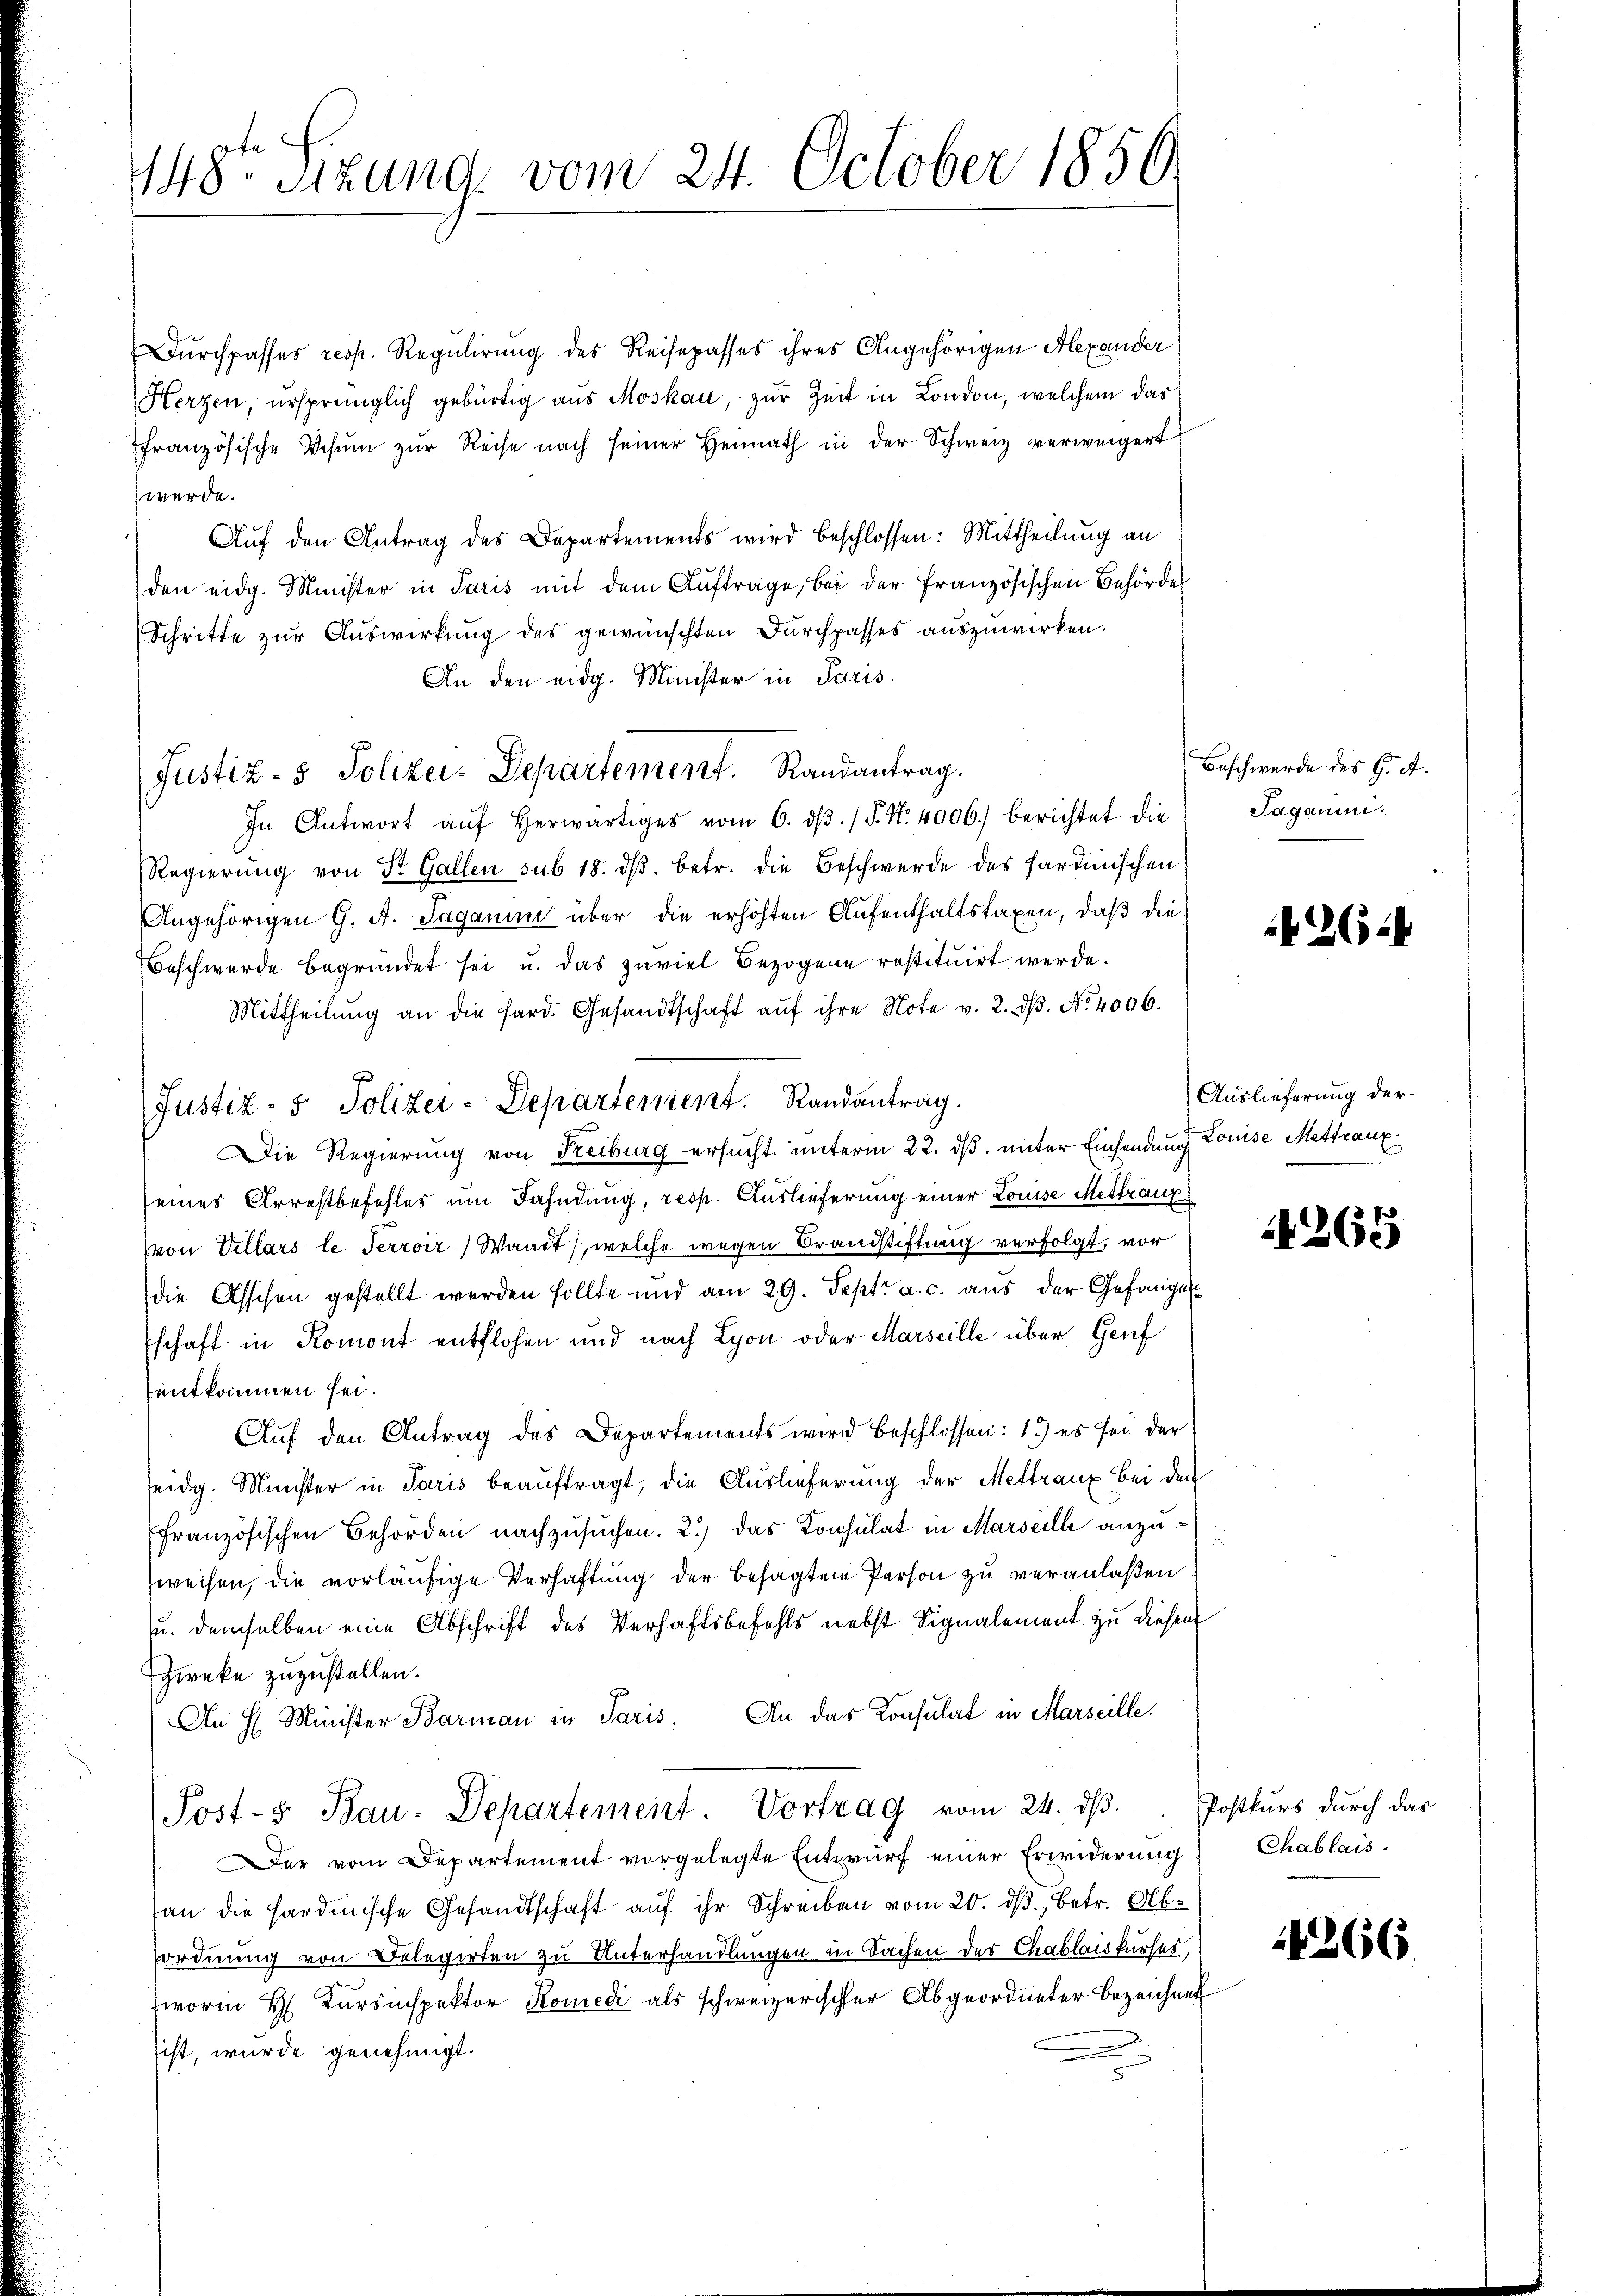
148te Sitzung vom 24. October 1850.

Dŭrchpasses resp. Regulirung des Reisepasses ihres Angehörigen Alexander
Herzen, ursprünglich gebürtig aus Moskau, zur Zeit in London, welchem das
französische Schŭm zŭr Reise nach seiner Heimath in der Schweiz verweigert
werde.
Auf den Antrag des Departements wird beschlossen: Mittheilung an
den eidg. Minister in Paris mit dem Auftrage, bei der französischen Behörde
Schritte zur Auswirkung des gewünschten Durchpasses auszuwirken.
An den eidg. Minister in Paris.
Justiz- & Polizei. Departement. Randantrag.
In Antwort aŭf herwärtiges vom 6. dβ. / 5. N. 4006. berichtet die
Regierŭng von St. Gallen sub. 18. dβ. betr. die Beschwerde des Sardinischen
Angehörigen G. A. Saganin über die erhöhten Aufenthaltstaxen, daß die
Beschwerde begründet sei u. das zuviel Bezogene restituirt werde.
Mittheilŭng an die fard. Gesandtschaft aŭf ihre Note v. 2. dβ. No. 4006.
Justiz- & Polizei-Departement. Randantrag.
Die Regierung von Freiburg ersucht unterm 22. ds. unter Einsendung Louise Mettraux
seines Arrestbefehles um Fahndung, resp. Auslieferung einer Louise Mettrauf
(von Villars le Terroir, Waadt, welche wegen Brandstiftung verfolgt, vor
die Asschen gestellt werden sollte und am 29. Sept. a. c. aus der Gefängen
schaft in Romont entflohen und nach Lyon oder Marseille über Genf
entkommen sei.
Aŭf den Antrag des Departements wird beschlossen: 1) es sei der
teidg. Münster in Paris beauftragt, die Auslieferung der Mettraux bei den
französischen Behörden nachzusuchen. 2.) das Konsulat in Marseille anzuweisen, die vorläufige Verhaftung der besagten Person zu veranlaßen
u. demselben eine Abschrift des Verhaftsbefehls nebst Signalement zu diesem
Zweke zuzustellen.
An H. Minister Barman in Paris. An das Konsulat in Marseille.
Post- & Bau-Departement. Vortrag vom 24. dβ. Postkurs durch das
 Der vom Departement vorgelegte Entwurf einer Erwiderung
an die Hardinische Gesandtschaft auf ihr Schreiben vom 20. ds., betr. Abordnung von Belegirten zu Unterhandlungen in Sachen der Chablaiskurses,
worin H. Kursinspektor Komedi als schweizerischer Abgeordneter bezeichnet
sist, wurde genehmigt.

Beschwerde des G. A.
Jaganini.

26.4

Auslieferung der

265

Chablais.

1266